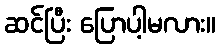
ဆင်ပြီး ပြောပါ့မလား။